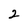
Character: 2